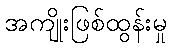
အကျိုးဖြစ်ထွန်းမှု